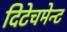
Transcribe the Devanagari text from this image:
दिटेचमेन्ट